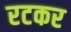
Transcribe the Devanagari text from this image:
रटकर